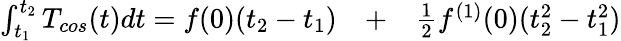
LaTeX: \begin{array}{rlr}{\int_{t_{1}}^{t_{2}}T_{cos}(t)dt=f(0)(t_{2}-t_{1})}&{{}+}&{\frac{1}{2}f^{(1)}(0)(t_{2}^{2}-t_{1}^{2})}\end{array}